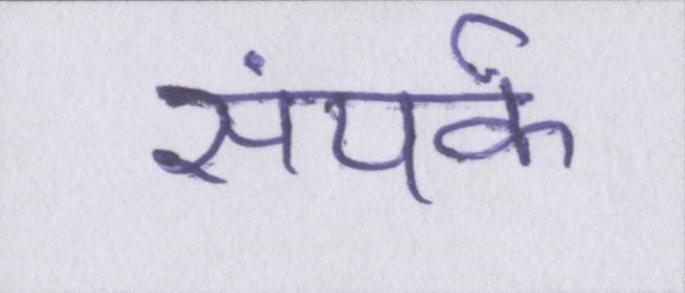
संपर्क